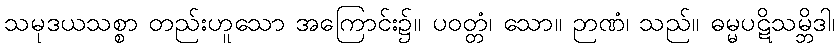
သမုဒယသစ္စာ တည်းဟူသော အကြောင်း၌။ ပဝတ္တံ၊ သော။ ဉာဏံ၊ သည်။ ဓမ္မပဋိသမ္ဘိဒါ၊